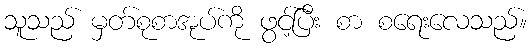
သူသည် မှတ်စုစာအုပ်ကို ဖွင့်ပြီး စာ စရေးလေသည်။